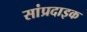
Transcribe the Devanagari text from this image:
सांप्रदाइक